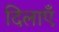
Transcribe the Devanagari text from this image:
दिलाएँ